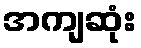
အကျဆုံး